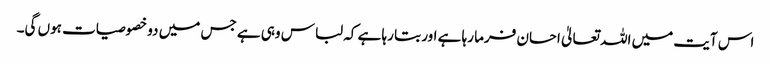
اس آیت میں اللہ تعالیٰ احسان فرما رہا ہے اور بتا رہا ہے کہ لباس وہی ہے جس میں دو خصوصیات ہوں گی۔